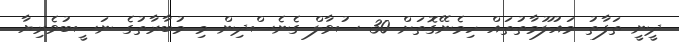
ދީނީ ތަފާތު މައުލޫމާތުތައް ހިމެނޭގޮތަށް 30 ސުވާލް ގެނެސްދިން މި މުބާރާތުގެ ނަސީބުވެރިޔާ